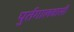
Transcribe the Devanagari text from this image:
पुर्तगालवासी